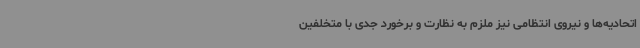
اتحادیه‌ها و نیروی انتظامی نیز ملزم به نظارت و برخورد جدی با متخلفین